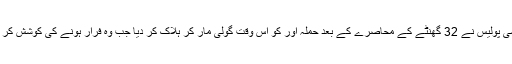
فرانسیسی پولیس نے 32 گھنٹے کے محاصرے کے بعد حملہ آور کو اس وقت گولی مار کر ہلاک کر دیا جب وہ فرار ہونے کی کوشش کر رہا تھا۔